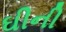
ઘીની